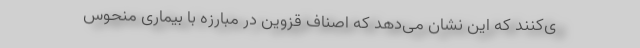
ی‌کنند که این نشان می‌دهد که اصناف قزوین در مبارزه با بیماری منحوس